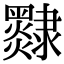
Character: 𨾄